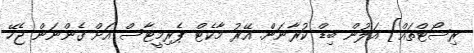
ރިސޯޓްތައް] އަލުން ބިޑް ކުރާނަން. އޭރު މާކެޓް ޕެރިމީޓާސް އަށް ގެންނަން ޖެހޭ